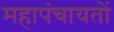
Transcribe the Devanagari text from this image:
महापंचायतों